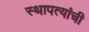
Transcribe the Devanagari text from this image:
स्थापत्यांची